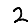
Digit: 2